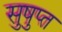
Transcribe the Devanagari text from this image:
सुषुप्‍त